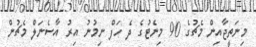
މިނަތީޖާއިން މެޗުގެ 90 މިނެޓުގެ ދެ ހަފް ނިމުނު އިރު އާސެނަލް މެޗުން